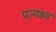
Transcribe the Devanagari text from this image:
प्रत्यक्ष्य